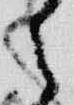
々